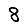
Digit: 8